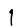
Digit: 1